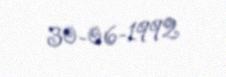
30-06-1992